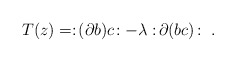
\begin{align*}T(z) = :\! (\partial b) c \! : - \lambda :\! \partial( bc ) \! :\ .\end{align*}